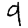
Digit: 9